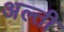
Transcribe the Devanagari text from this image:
अल्ती